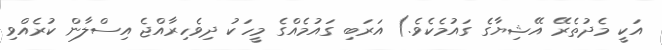
އަކީ މެދުތެރޭ އޭޝިޔާގެ ގައުމެކެވެ.) އަރަބި ގައުމެއްގެ މީހަކު ދިވެހިރާއްޖެ އިސްލާން ކުރެއްވި